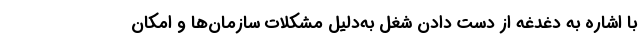
با اشاره به دغدغه از دست دادن شغل به‌دلیل مشکلات سازمان‌ها و امکان